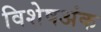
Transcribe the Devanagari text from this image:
विशेषअंक